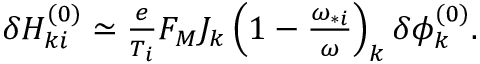
\begin{array} { r } { \delta H _ { k i } ^ { ( 0 ) } \simeq \frac { e } { T _ { i } } F _ { M } J _ { k } \left( 1 - \frac { \omega _ { * i } } { \omega } \right) _ { k } \delta \phi _ { k } ^ { ( 0 ) } . } \end{array}